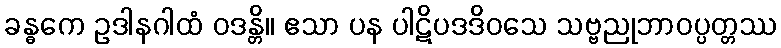
ခန္ဓကေ ဥဒါနဂါထံ ဝဒန္တိ။ ဧသာ ပန ပါဋိပဒဒိဝသေ သဗ္ဗညုဘာဝပ္ပတ္တဿ